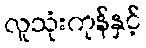
လူသုံးကုန်နှင့်